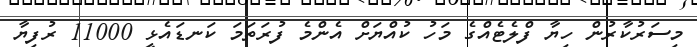
މިސަރުކާރުން ހިޔާ ފްލެޓެއްގެ މަހު ކުއްޔަށް އެންމެ ފުރަތަމަ ކަނޑައެޅީ 11000 ރުފިޔާ